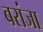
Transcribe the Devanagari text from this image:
बरांजा